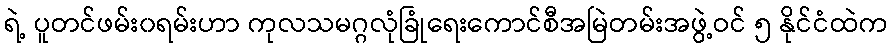
ရဲ့ ပူတင်ဖမ်း၀ရမ်းဟာ ကုလသမဂ္ဂလုံခြုံရေးကောင်စီအမြဲတမ်းအဖွဲ့ဝင် ၅ နိုင်ငံထဲက